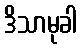
ဒိသာမုခါ